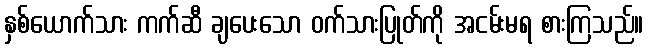
နှစ်ယောက်သား ကက်ဆီ ချပေးသော ဝက်သားပြုတ်ကို အငမ်းမရ စားကြသည်။